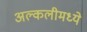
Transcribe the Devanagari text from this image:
अल्कलीमध्ये